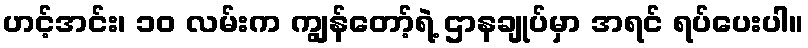
ဟင့်အင်း၊ ၁၀ လမ်းက ကျွန်တော့်ရဲ့ ဌာနချုပ်မှာ အရင် ရပ်ပေးပါ။